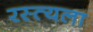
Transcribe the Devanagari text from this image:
रस्त्यला